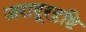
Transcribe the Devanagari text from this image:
जरादूरदृष्टि